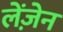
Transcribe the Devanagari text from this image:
लेंज़ेन